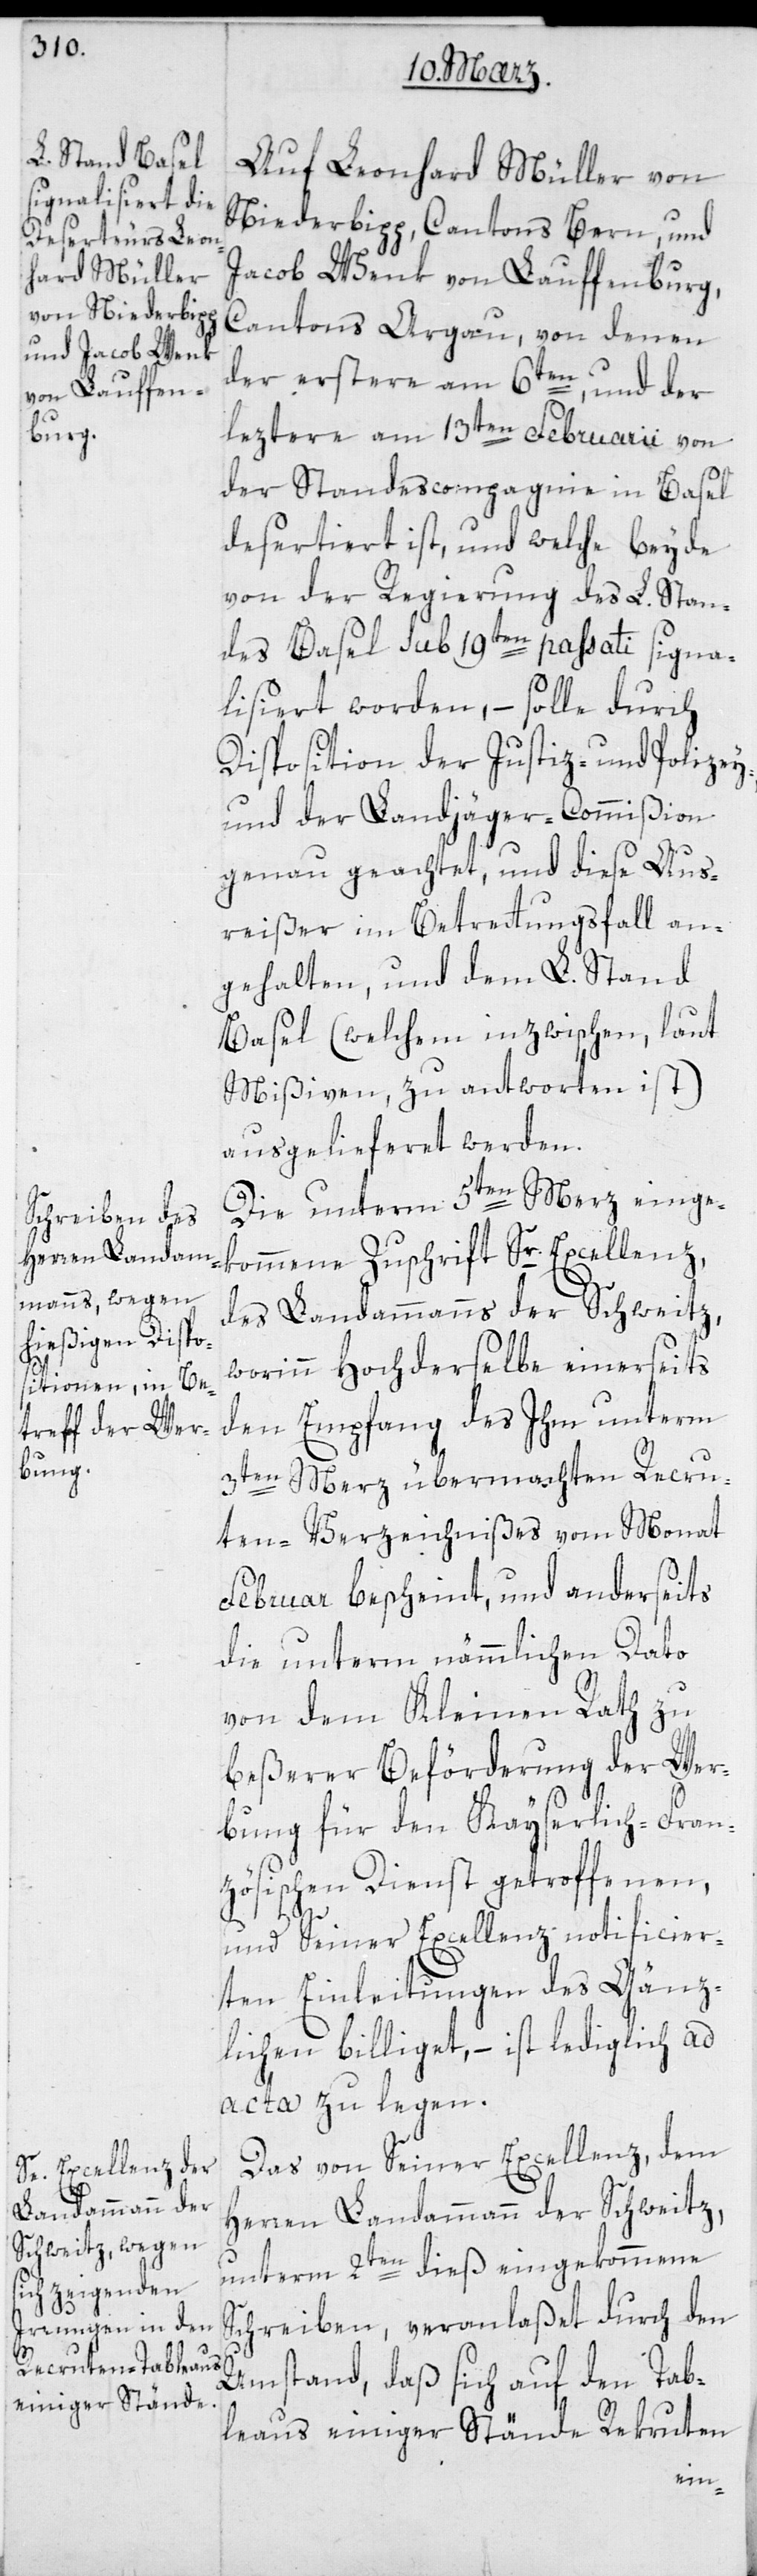
Auf Leonhard Müller von
Niederbipp, Cantons Bern; und
Jacob Wenk von Lauffenburg,
Cantons Aargau, von denen
der erstere am 6ten und der
leztere am 13ten Februarii von
der Standescompagnie in Basel
desertiert ist, und welche beyde
von der Regierung des L. Stan¬
des Basel sub 19ten passati signa¬
lisiert worden, – solle durch
Disposition der Justiz- und Polizey-
und der Landjäger-Commißion
genau geachtet, und diese Aus¬
reißer im Betretungsfall an¬
gehalten, und dem L. Stand
Basel (welchem inzwischen laut
Mißiven zu antworten ist),
ausgelieferet werden.
Die unterm 5ten Merz einge¬
kommene Zuschrift Sr. Excellenz
des Landammanns der Schweitz,
worinn hochderselbe einerseits
dem Empfang des ihm unterm
3ten Merz übermachten Recru¬
ten-Verzeichnißes vom Monat
Februar bescheint, und anderseits
die unterm nämmlichen Dato
von dem Kleinen Rath zu
beßerer Beförderung der Wer¬
bung für den Kayserlich-Fran¬
zösischen Dienst getroffenen,
und Seiner Excellenz notificier¬
ten Einleitungen des Gänz¬
lichen billiget, – ist lediglich ad
acta zu legen.
Das von Seiner Excellenz dem
Herren Landammann der Schweitz,
unterm 2ten dieß eingekommene
Schreiben, veranlaßet durch den
Umstand, daß sich auf den Tab¬
leaus einiger Stände Rekruten